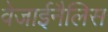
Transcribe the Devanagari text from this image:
वेजाईनैलिस